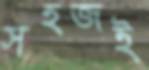
সহজই